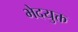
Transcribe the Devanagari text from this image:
भेदयुक्त